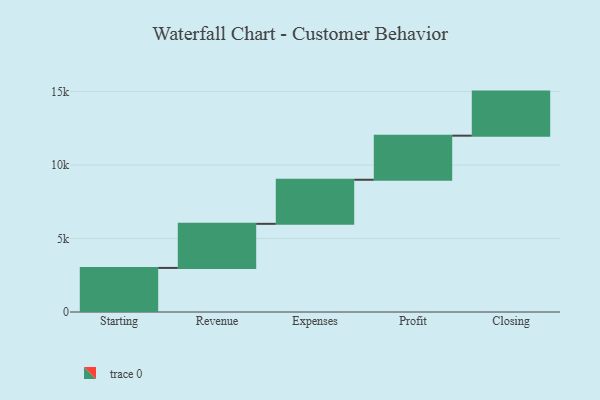
{"axis": {"x": "Step", "y": "Value"}, "legend": [""], "data": [{"x": "Starting", "y": 3000, "type": ""}, {"x": "Revenue", "y": 3000, "type": ""}, {"x": "Expenses", "y": 3000, "type": ""}, {"x": "Profit", "y": 3000, "type": ""}, {"x": "Closing", "y": 3000, "type": ""}]}